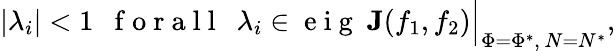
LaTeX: |\lambda_{i}|<1\ \ \mathrm{~f~o~r~a~l~l~}\ \ \lambda_{i}\in\mathrm{~e~i~g~}\ \textbf{J}(f_{1},f_{2})\Big|_{\Phi=\Phi^{*},\ N=N^{*}},